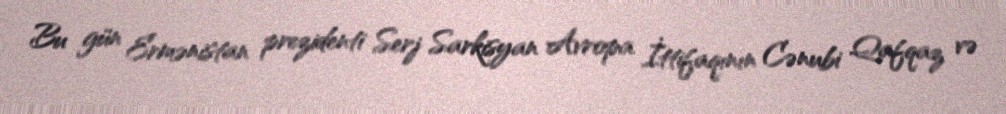
Bu gün Ermənistan prezidenti Serj Sarkisyan Avropa İttifaqının Cənubi Qafqaz və